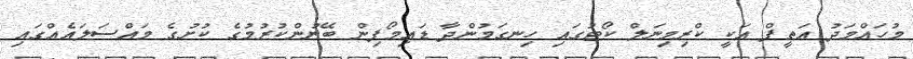
މުހައްމަދު އަތީފް އަކީ ކްރިމިނަލް ކޯޓުގައި ހިނގަމުންދާ ޑައިމޯފިން ބޭނުންކުރުމުގެ ކުށުގެ މައްސަލައެއްގައި